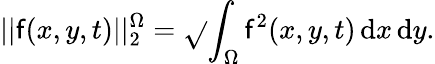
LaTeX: ||\mathsf{f}(x,y,t)||_{2}^{\Omega}=\sqrt{}{{\int_{\Omega}\mathsf{f}^{2}(x,y,t)\mathop{}\! \mathrm{{d}}x\mathop{}\! \mathrm{{d}}y}}.